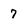
Character: 7